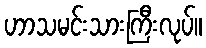
ဟာသမင်းသားကြီးလုပ်။